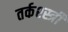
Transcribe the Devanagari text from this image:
तर्कश्स्त्री